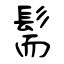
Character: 髵